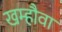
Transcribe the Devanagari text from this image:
खम्हौवा